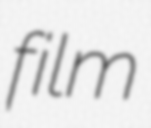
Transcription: film